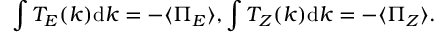
\int T _ { E } ( k ) \mathrm { d } k = - \langle \Pi _ { E } \rangle , \int T _ { Z } ( k ) \mathrm { d } k = - \langle \Pi _ { Z } \rangle .